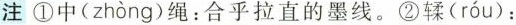
注①中( zh\grave{o}ng )绳：合乎拉直的墨线。②鞣( r\acute{o}u )：